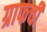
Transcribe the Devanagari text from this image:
ग्राफची